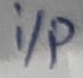
Text: i/p